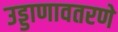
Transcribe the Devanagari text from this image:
उड्डाणावतरणे